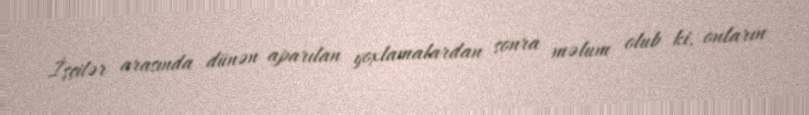
İşçilər arasında dünən aparılan yoxlamalardan sonra məlum olub ki, onların